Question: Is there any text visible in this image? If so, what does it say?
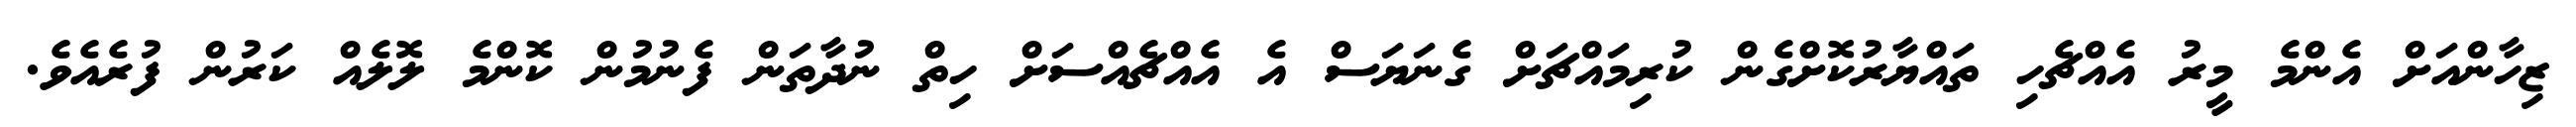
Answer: ޒިހާންއަށް އެންމެ މީރު އެއްޗެހި ތައްޔާރުކޮށްގެން ކުރިމައްޗަށް ގެނަޔަސް އެ އެއްޗެއްސަށް ހިތް ނުދާތަން ފެނުމުން ކޮންމެ ލޮލެއް ކަރުން ފުރެއެވެ.